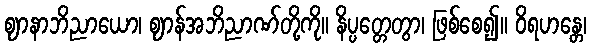
ဈာနာဘိညာယော၊ ဈာန်အဘိညာဏ်တို့ကို။ နိပ္ပတ္တေတွာ၊ ဖြစ်စေ၍။ ဝိရဟန္တေ၊